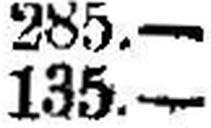
135.—